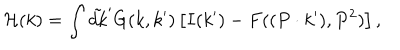
{ \cal H } ( k ) = \int \tilde { d k } ^ { \prime } G ( k , k ^ { \prime } ) \left[ I ( k ^ { \prime } ) - F ( ( P \cdot k ^ { \prime } ) , P ^ { 2 } ) \right] ,